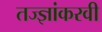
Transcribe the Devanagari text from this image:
तज्ज्ञांकरवी